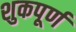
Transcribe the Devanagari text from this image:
शुकपूर्ण